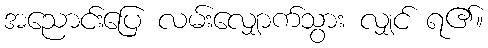
အညောင်းပြေ လမ်းလျှောက်သွား လျှင် ရ၏။